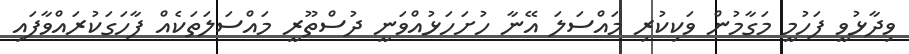
ވިދާޅުވީ ފަހުމީ މަގާމުން ވަކިކުރި މައްސަލަ އޭނާ ހުށަހަޅުއްވަނީ ދުސްތޫރީ މައްސަލަތަކެއް ފާހަގަކުރައްވާފައި